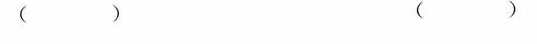
( ) ( )